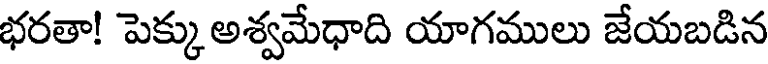
భరతా! పెక్కు అశ్వమేధాది యాగములు జేయబడిన